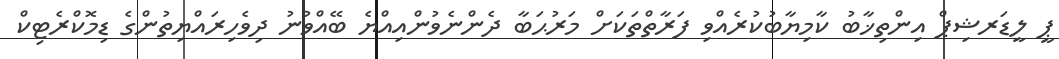
ޕީ ލީޑަރޝިޕް އިންތިޚާބު ކާމިޔާބުކުރެއްވި ފަރާތްތަކަށް މަރުޙަބާ ދެންނެވުންއިއްޔެ ބޭއްވުނު ދިވެހިރައްޔިތުންގެ ޑިމޮކްރެޓިކް